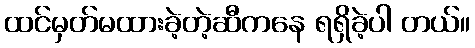
ထင်မှတ်မထားခဲ့တဲ့ဆီကနေ ရရှိခဲ့ပါ တယ်။